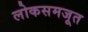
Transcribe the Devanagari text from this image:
लोकसमजूत